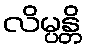
လိမ္ပန္တိ